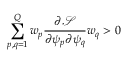
\sum _ { p , q = 1 } ^ { Q } w _ { p } \frac { \partial \mathcal { S } } { \partial \psi _ { p } \partial \psi _ { q } } w _ { q } > 0